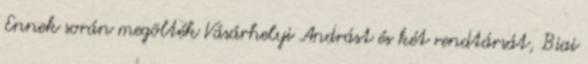
Ennek során megölték Vásárhelyi Andrást és két rendtársát, Biai